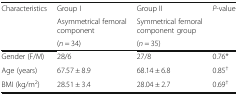
| <ROWSPAN=3> Characteristics | Group I | Group II | <ROWSPAN=3> P-value |
 | Asymmetrical femoral component | Symmetrical femoral component group |
 | (n = 34) | (n = 35) |
 | --- | --- | --- | --- |
 | Gender (F/M) | 28/6 | 27/8 | 0.76* |
 | Age (years) | 67.57 ± 8.9 | 68.14 ± 6.8 | 0.85† |
 | BMI (kg/m2) | 28.51 ± 3.4 | 28.04 ± 2.7 | 0.69† |